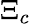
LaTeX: \Xi_{c}